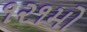
૧૨૧મો